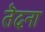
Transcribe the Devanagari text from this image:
तॆदना